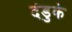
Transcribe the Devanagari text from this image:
दंडुके